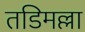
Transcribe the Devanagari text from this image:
तडिमल्ला